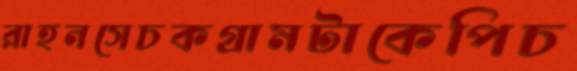
রাহনসেচকগ্রামটাকেপিচ